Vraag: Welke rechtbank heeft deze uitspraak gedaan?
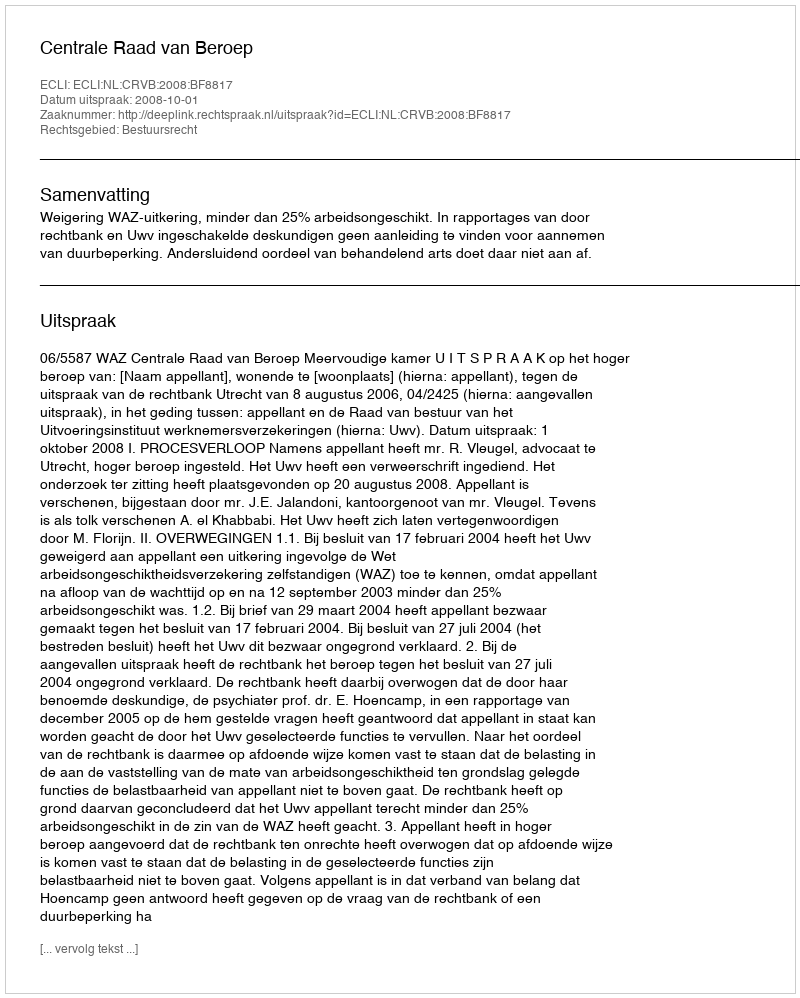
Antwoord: Centrale Raad van Beroep